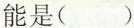
能是( )